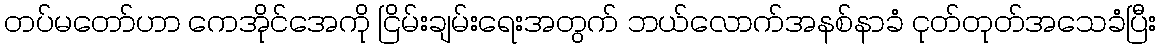
တပ်မတော်ဟာ ကေအိုင်အေကို ငြိမ်းချမ်းရေးအတွက် ဘယ်လောက်အနစ်နာခံ ငုတ်တုတ်အသေခံပြီး